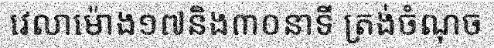
វេលាម៉ោង១៧និង៣០នាទី ត្រង់ចំណុច